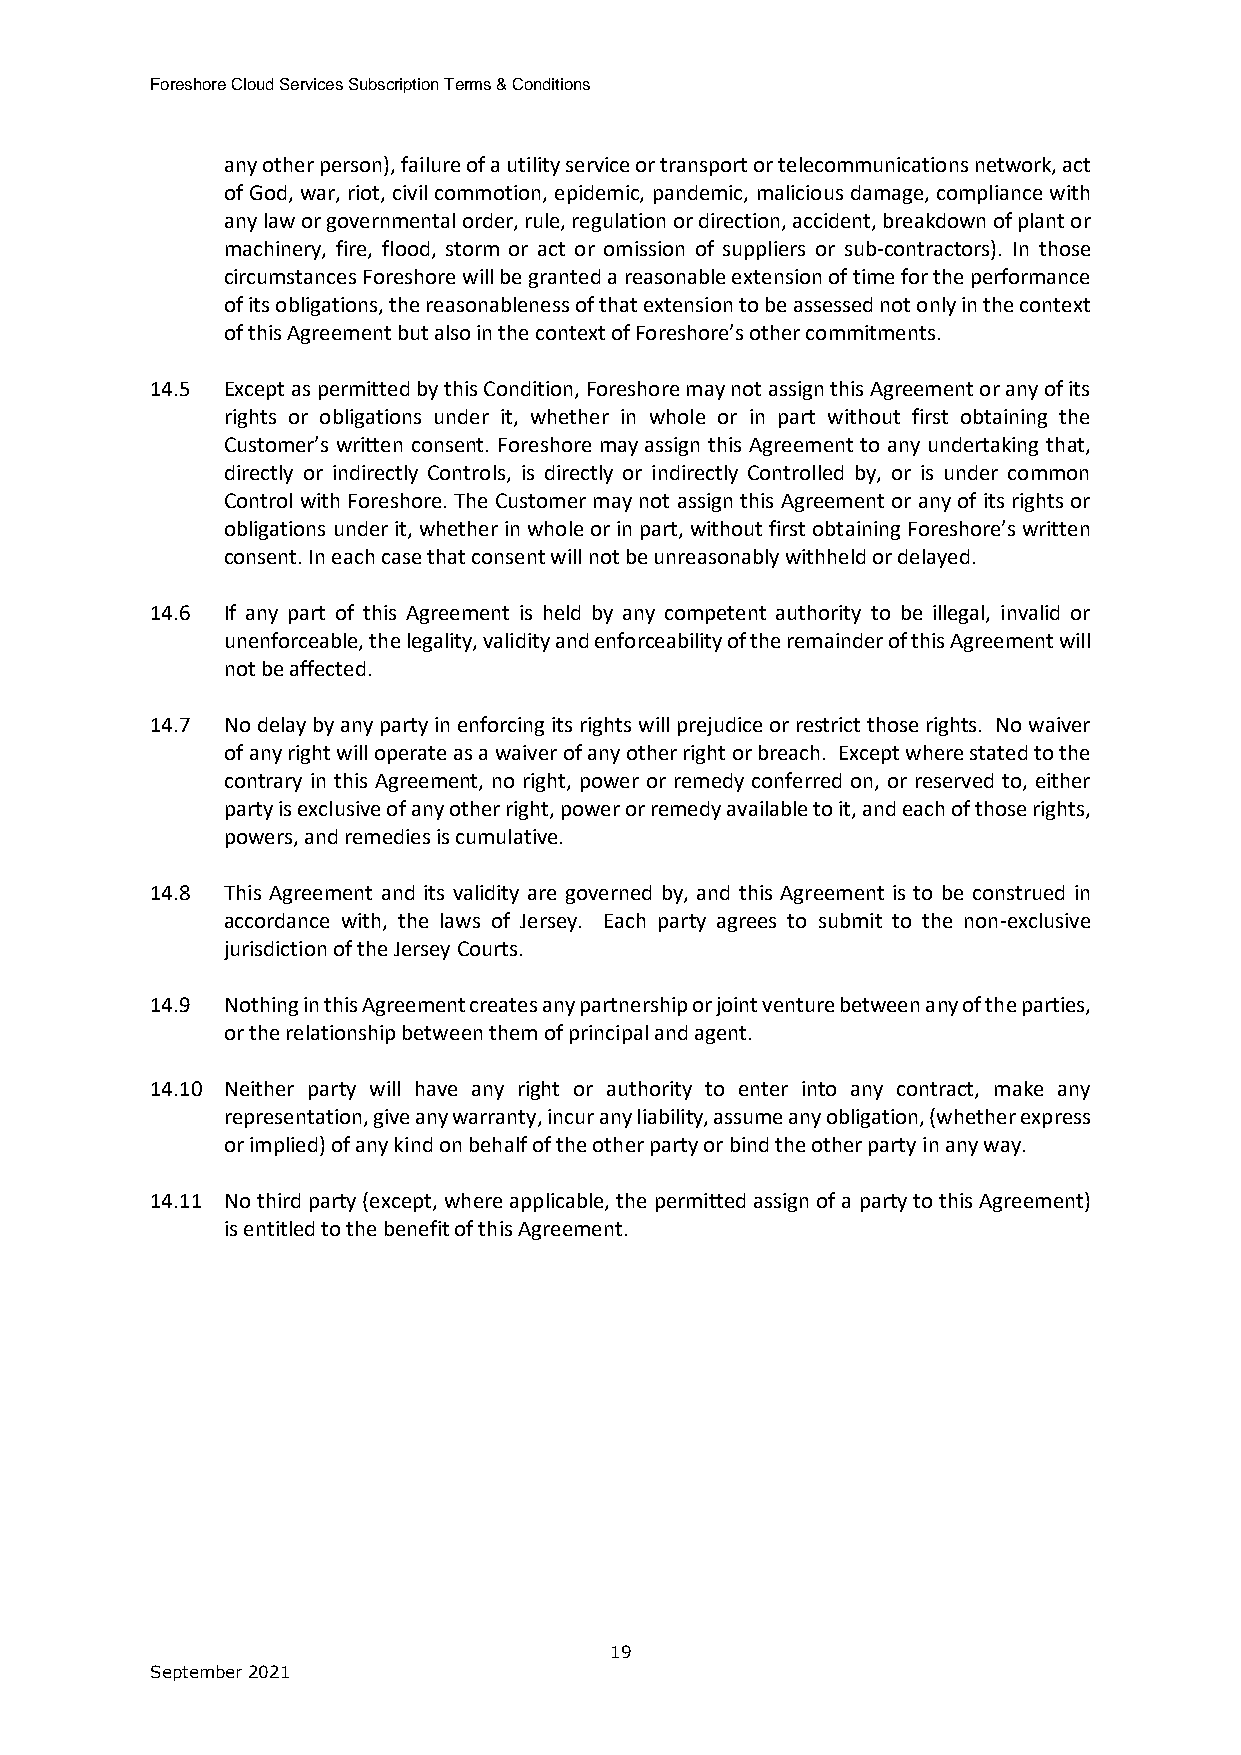
Foreshore Cloud Services Subscription Terms & Conditions
 any other person), failure of a utility service or transport or telecommunications network, act
 of God, war, riot, civil commotion, epidemic, pandemic, malicious damage, compliance with
 any law or governmental order, rule, regulation or direction, accident, breakdown of plant or
 machinery, fire, flood, storm or act or omission of suppliers or sub-contractors). In those
 circumstances Foreshore will be granted a reasonable extension of time for the performance
 of its obligations, the reasonableness of that extension to be assessed not only in the context
 of this Agreement but also in the context of Foreshore’s other commitments.
 14.5 Except as permitted by this Condition, Foreshore may not assign this Agreement or any of its
 rights or obligations under it, whether in whole or in part without first obtaining the
 Customer’s written consent. Foreshore may assign this Agreement to any undertaking that,
 directly or indirectly Controls, is directly or indirectly Controlled by, or is under common
 Control with Foreshore. The Customer may not assign this Agreement or any of its rights or
 obligations under it, whether in whole or in part, without first obtaining Foreshore’s written
 consent. In each case that consent will not be unreasonably withheld or delayed.
 14.6 If any part of this Agreement is held by any competent authority to be illegal, invalid or
 unenforceable, the legality, validity and enforceability of the remainder of this Agreement will
 not be affected.
 14.7 No delay by any party in enforcing its rights will prejudice or restrict those rights. No waiver
 of any right will operate as a waiver of any other right or breach. Except where stated to the
 contrary in this Agreement, no right, power or remedy conferred on, or reserved to, either
 party is exclusive of any other right, power or remedy available to it, and each of those rights,
 powers, and remedies is cumulative.
 14.8 This Agreement and its validity are governed by, and this Agreement is to be construed in
 accordance with, the laws of Jersey. Each party agrees to submit to the non-exclusive
 jurisdiction of the Jersey Courts.
 14.9 Nothing in this Agreement creates any partnership or joint venture between any of the parties,
 or the relationship between them of principal and agent.
 14.10 Neither party will have any right or authority to enter into any contract, make any
 representation, give any warranty, incur any liability, assume any obligation, (whether express
 or implied) of any kind on behalf of the other party or bind the other party in any way.
 14.11 No third party (except, where applicable, the permitted assign of a party to this Agreement)
 is entitled to the benefit of this Agreement.
 19
 September 2021